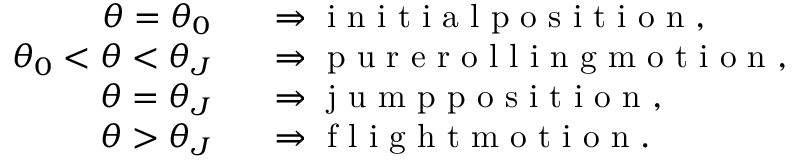
\begin{array} { r l } { \theta = \theta _ { 0 } \; \; } & { { } \Rightarrow \mathrm { ~ i ~ n ~ i ~ t ~ i ~ a ~ l ~ p ~ o ~ s ~ i ~ t ~ i ~ o ~ n ~ , ~ } } \\ { \theta _ { 0 } < \theta < \theta _ { J } \; \; } & { { } \Rightarrow \mathrm { ~ p ~ u ~ r ~ e ~ r ~ o ~ l ~ l ~ i ~ n ~ g ~ m ~ o ~ t ~ i ~ o ~ n ~ , ~ } } \\ { \theta = \theta _ { J } \; \; } & { { } \Rightarrow \mathrm { ~ j ~ u ~ m ~ p ~ p ~ o ~ s ~ i ~ t ~ i ~ o ~ n ~ , ~ } } \\ { \theta > \theta _ { J } \; \; } & { { } \Rightarrow \mathrm { ~ f ~ l ~ i ~ g ~ h ~ t ~ m ~ o ~ t ~ i ~ o ~ n ~ . ~ } } \end{array}